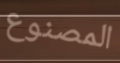
المصنوع